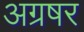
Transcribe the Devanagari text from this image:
अग्रषर